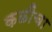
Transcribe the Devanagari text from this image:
कळींचा